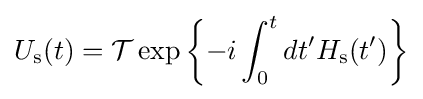
U_{\rm {s}}(t)={\mathcal {T}}\exp \left\{-i\int _{0}^{t}dt'H_{\rm {s}}(t')\right\}